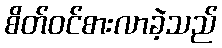
စိတ်ဝင်စားလာခဲ့သည်